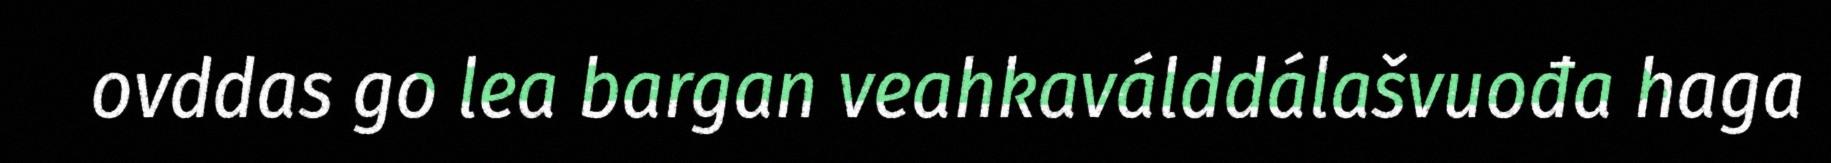
ovddas go lea bargan veahkaválddálašvuođa haga